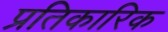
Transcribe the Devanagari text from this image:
प्रतिकारिक